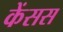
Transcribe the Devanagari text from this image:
केंसस